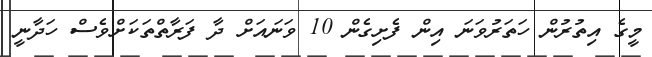
މީގެ އިތުރުން ހަތަރުވަނަ އިން ފެށިގެން 10 ވަނައަށް ދާ ފަރާތްތަކަށްވެސް ހަދާނީ